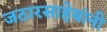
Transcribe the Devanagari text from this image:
जठारसाहेबांनी